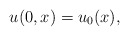
\begin{align*}u(0,x)=u_{0}(x),\end{align*}